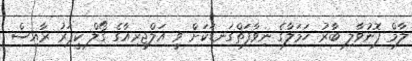
ލާމް ފޮނުވާލި ބާރު ހަމަލާގެ ނިވާފަތްގަނޑަކަށް ވީ އަލްޖީރިއާގެ ގޯލް ކީޕަރު ރާއިސް